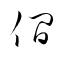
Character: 僴